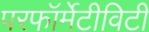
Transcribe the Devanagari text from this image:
परफॉर्मेटीविटी